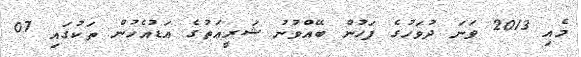
މެއި 2013 ވަނަ ދުވަހުގެ ފަހުން ބޭއްވުނު ޝަރީޢަތުގެ އަޑުއެހުން ތަކުގައި 07